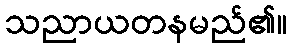
သညာယတနမည်၏။